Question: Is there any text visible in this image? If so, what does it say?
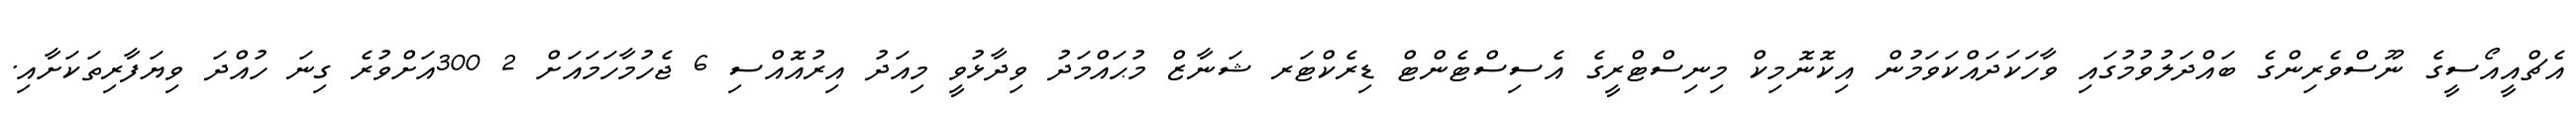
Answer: އެޗްއީއޯސީގެ ނޫސްވެރިންގެ ބައްދަލުވުމުގައި ވާހަކަދައްކަވަމުން އިކޮނޮމިކް މިނިސްޓްރީގެ އެސިސްޓެންޓް ޑިރެކްޓަރ ޝަނާޒް މުޙައްމަދު ވިދާޅުވީ މިއަދު އިރުއޮއްސި 6 ޖެހުމާހަމައަށް 2 300އަށްވުރެ ގިނަ ހުއްދަ ވިޔަފާރިތަކަށާއި.